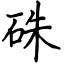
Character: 硃